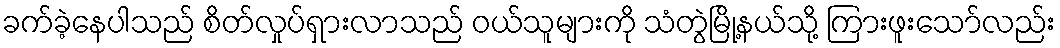
ခက်ခဲ့နေပါသည် စိတ်လှုပ်ရှားလာသည် ဝယ်သူများကို သံတွဲမြို့နယ်သို့ ကြားဖူးသော်လည်း